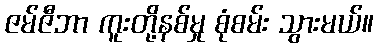
ဇမ်ဇီဘာ ကူးတို့နစ်မှု စုံစမ်း သွားမယ်။